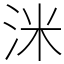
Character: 洣